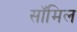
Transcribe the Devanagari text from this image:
सॉमिल